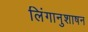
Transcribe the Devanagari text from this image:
लिंगानुशाषन